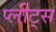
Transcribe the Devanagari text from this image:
प्लीट्स